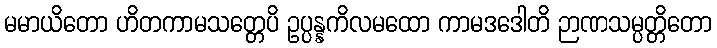
မမာယိတော ဟိတကာမသတ္တေပိ ဥပ္ပန္နကိလမထော ကာမဒဒေါတိ ဉာဏသမ္ပတ္တိတော